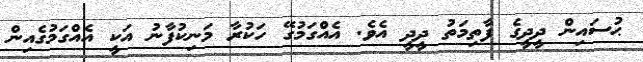
ޙުސައިން ދީދީގެ ފާތިމަތު ދީދީ އެވެ. އެއްގަމުގޭ ހަކުރާ މަނިކުފާނު އަކީ އެއްގަމުގެއިން